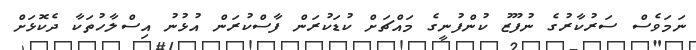
ނަމަވެސް ސަރުކާރުގެ ނުފޫޒު ކުންފުނީގެ މައްޗަށް ކުޑަކުރަން ފާސްކުރަން އުޅުނު އިސްލާހުތަކާ ދެކޮޅަށް